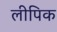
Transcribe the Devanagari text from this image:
लीपिक